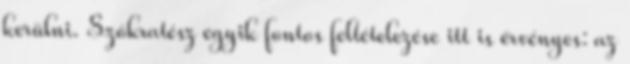
kerülni. Szókratész egyik fontos feltételezése itt is érvényes: az